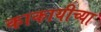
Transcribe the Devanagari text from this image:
काकायीच्या